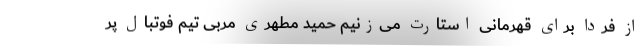
از فردا برای قهرمانی استارت می‌زنیم حمید مطهری مربی تیم فوتبال پر